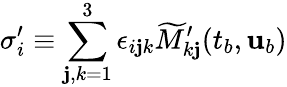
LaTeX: \sigma_{i}^{\prime}\equiv\sum_{\mathbf{j},k=1}^{3}\epsilon_{i\mathbf{j}k}\widetilde{{M}}_{k\mathbf{j}}^{\prime}(t_{b},{\mathbf{{u}}}_{b})